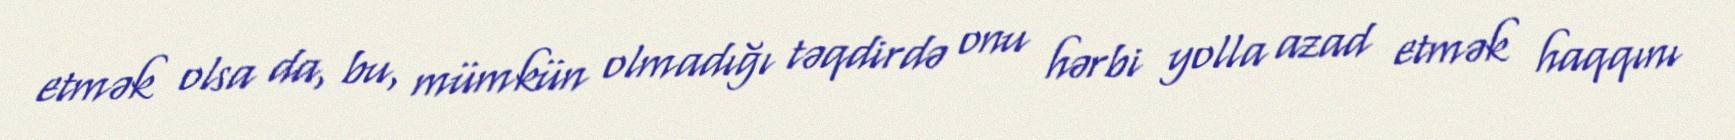
etmək olsa da, bu, mümkün olmadığı təqdirdə onu hərbi yolla azad etmək haqqını